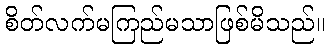
စိတ်လက်မကြည်မသာဖြစ်မိသည်။